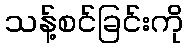
သန့်စင်ခြင်းကို